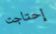
إحتاجت